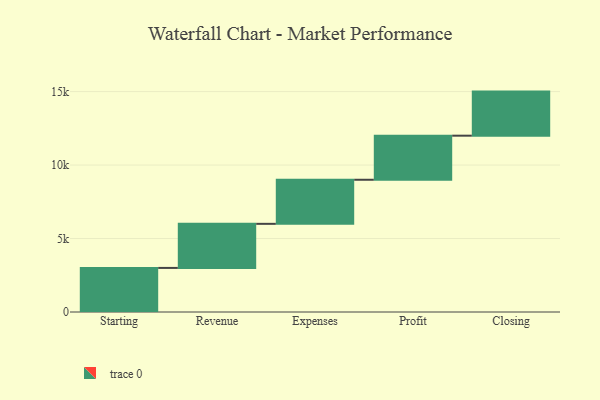
{"axis": {"x": "Step", "y": "Value"}, "legend": [""], "data": [{"x": "Starting", "y": 3000, "type": ""}, {"x": "Revenue", "y": 3000, "type": ""}, {"x": "Expenses", "y": 3000, "type": ""}, {"x": "Profit", "y": 3000, "type": ""}, {"x": "Closing", "y": 3000, "type": ""}]}